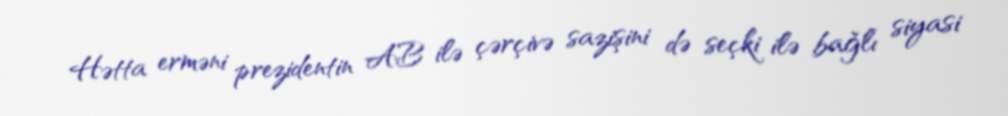
Hətta erməni prezidentin AB ilə çərçivə sazişini də seçki ilə bağlı siyasi